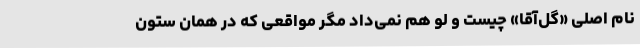
نام اصلی «گل‌آقا» چیست و لو هم نمی‌داد مگر مواقعی که در همان ستون